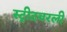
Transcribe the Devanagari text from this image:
स्ट्रीटवरली